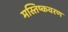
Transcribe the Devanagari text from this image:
मस्तिष्कवरण